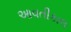
આવતીકાલ